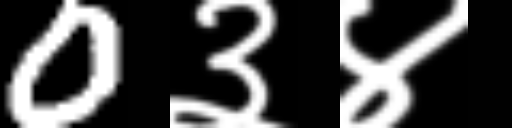
Text: 0३४